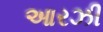
આરઝી